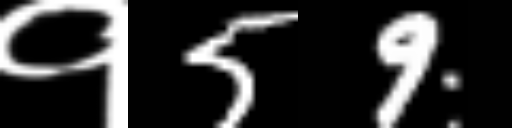
Text: १59